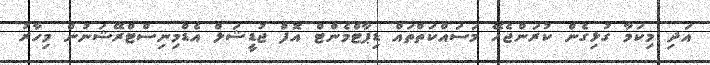
އަދި މިކަމާ ގުޅިގެން ކުރަންޖެހޭ މަސައްކަތްތައް ޑިޕާޓްމެންޓް އޮފް ޖުޑީޝަލް އެޑްމިނިސްޓްރޭޝަނުން މިހާރު